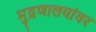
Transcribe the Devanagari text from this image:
मुद्रणालयांवर